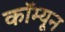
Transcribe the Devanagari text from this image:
कॉम्यून